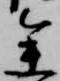
参